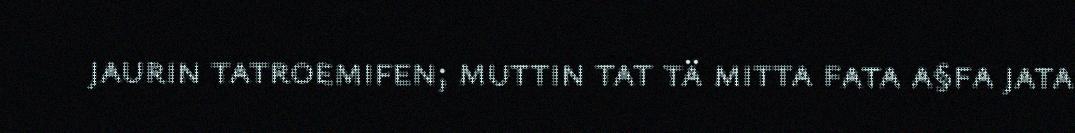
jaurin tatroemifen; muttin tat tä mitta fata a§fa jata